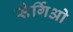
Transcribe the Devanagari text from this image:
सेर्गिओ